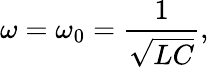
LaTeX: \omega=\omega_{0}={\frac{1}{\sqrt{LC}}},